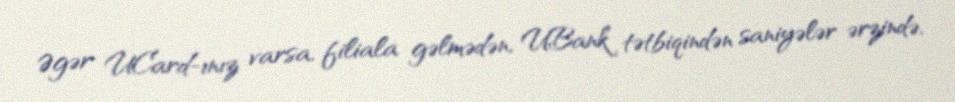
Əgər UCard-ınız varsa, filiala gəlmədən, UBank tətbiqindən saniyələr ərzində,